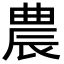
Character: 農